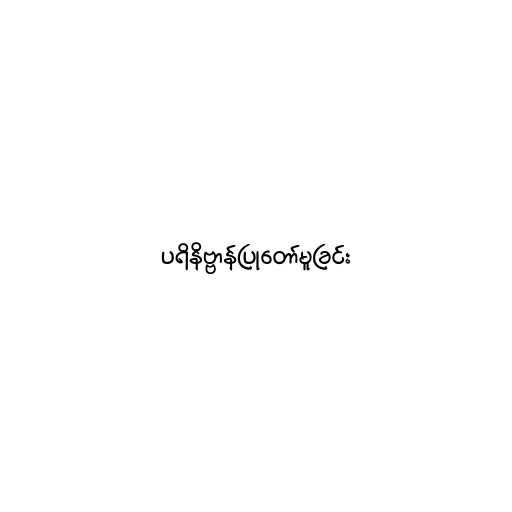
ပရိနိဗ္ဗာန်ပြုတော်မူခြင်း